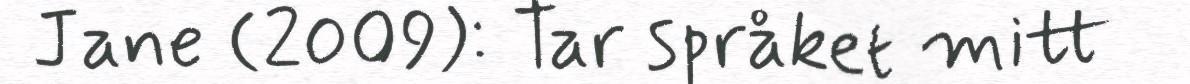
Jane (2009): Tar språket mitt